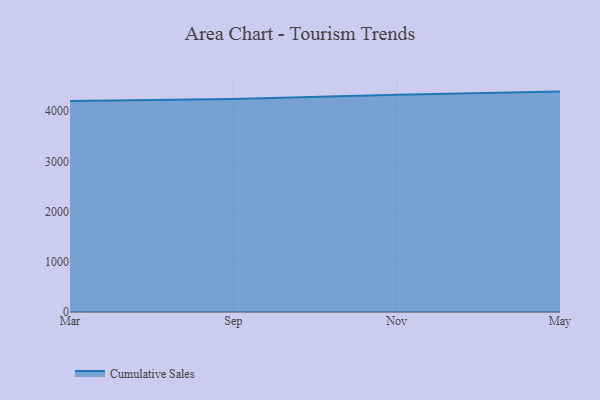
{"axis": {"x": "Month", "y": "Budget (USD K)"}, "legend": ["Cumulative Sales"], "data": [{"x": "Mar", "y": 4201.5, "type": "Cumulative Sales"}, {"x": "Sep", "y": 4242.0, "type": "Cumulative Sales"}, {"x": "Nov", "y": 4324.4, "type": "Cumulative Sales"}, {"x": "May", "y": 4388.5, "type": "Cumulative Sales"}]}